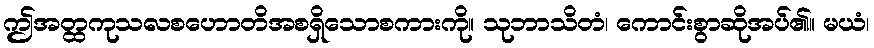
ဤအတ္ထကုသလစဟောတိအစရှိသောစကားကို။ သုဘာသိတံ၊ ကောင်းစွာဆိုအပ်၏။ မယံ၊